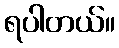
ရပါတယ်။